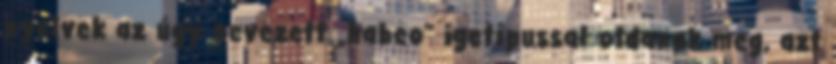
nyelvek az úgy nevezett „habeo” igetípussal oldanak meg, azt